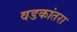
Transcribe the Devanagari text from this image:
वडकांतरा